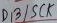
Text: D13